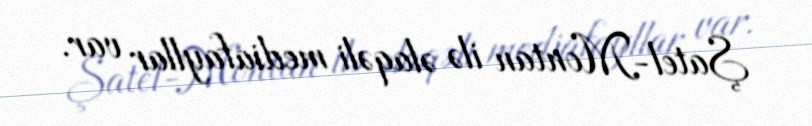
Şatel-Montan ilə əlaqəli mediafayllar var.